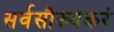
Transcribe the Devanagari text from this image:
सर्वसौख्यकरं